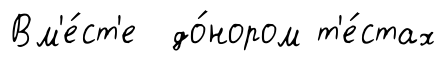
Вм'е́ст'е до́нором т'е́стах